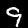
Label: 9